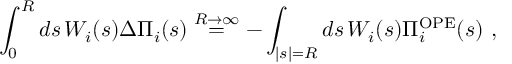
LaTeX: \int _ { 0 } ^ { R } d s \, W _ { i } ( s ) \Delta \Pi _ { i } ( s ) \stackrel { R \rightarrow \infty } { = } - \int _ { | s | = R } d s \, W _ { i } ( s ) \Pi _ { i } ^ { \mathrm { O P E } } ( s ) \ ,